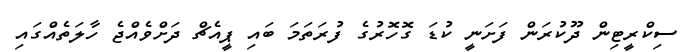
ސިކްރީޓިން ދޫކުރަން ފަށަނީ ކުޑަ ގޮހޮރުގެ ފުރަތަމަ ބައި ޕީއެޗް ދަށްވެއްޖެ ހާލަތެއްގައި